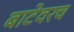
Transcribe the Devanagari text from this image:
बाटेवरच